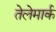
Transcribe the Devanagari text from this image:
तेलेमार्क